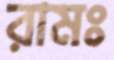
রামঃ